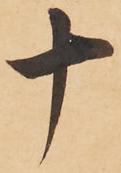
十